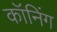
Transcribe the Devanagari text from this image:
कॉनिंग